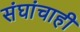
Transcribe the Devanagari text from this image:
संघांचाही